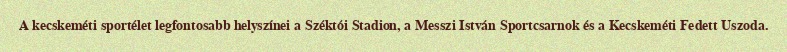
A kecskeméti sportélet legfontosabb helyszínei a Széktói Stadion, a Messzi István Sportcsarnok és a Kecskeméti Fedett Uszoda.